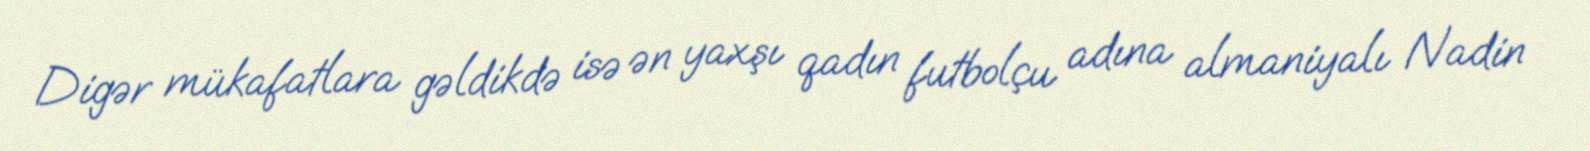
Digər mükafatlara gəldikdə isə ən yaxşı qadın futbolçu adına almaniyalı Nadin